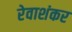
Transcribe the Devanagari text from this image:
रेवाशंकर